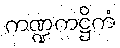
ကဏ္ဍကဋ္ဌိကံ